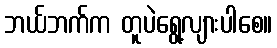
ဘယ်ဘက်က တူပဲရွေ့လျားပါစေ။